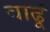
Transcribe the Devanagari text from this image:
वाढूं